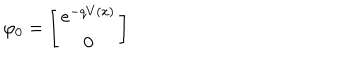
\varphi _ { 0 } = \left[ \begin{array} { c } { { e ^ { - q V ( x ) } } } \\ { { 0 } } \\ \end{array} \right]